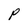
Character: P